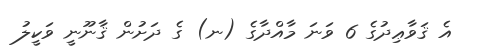
އެ ޤަވާޢިދުގެ 6 ވަނަ މާއްދާގެ (ނ) ގެ ދަށުން ޤާނޫނީ ވަކީލު